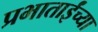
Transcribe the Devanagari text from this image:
प्रभाताईंच्या